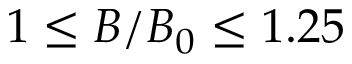
1 \leq B / B _ { 0 } \leq 1 . 2 5